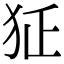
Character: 𤜺